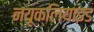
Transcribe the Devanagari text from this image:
न्यूक्लियाइड